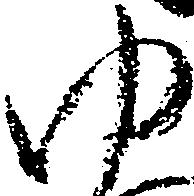
ゆ